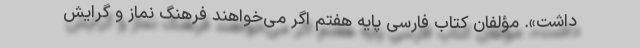
داشت». مؤلفان کتاب فارسی پایه هفتم اگر می‌خواهند فرهنگ نماز و گرایش